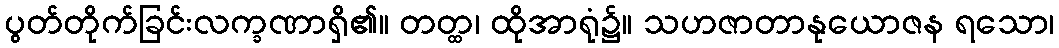
ပွတ်တိုက်ခြင်းလက္ခဏာရှိ၏။ တတ္ထ၊ ထိုအာရုံ၌။ သဟဇာတာနုယောဇန ရသော၊